Mental hospitals Bombay report 1921-28 - 1921-1928
Year: 1921
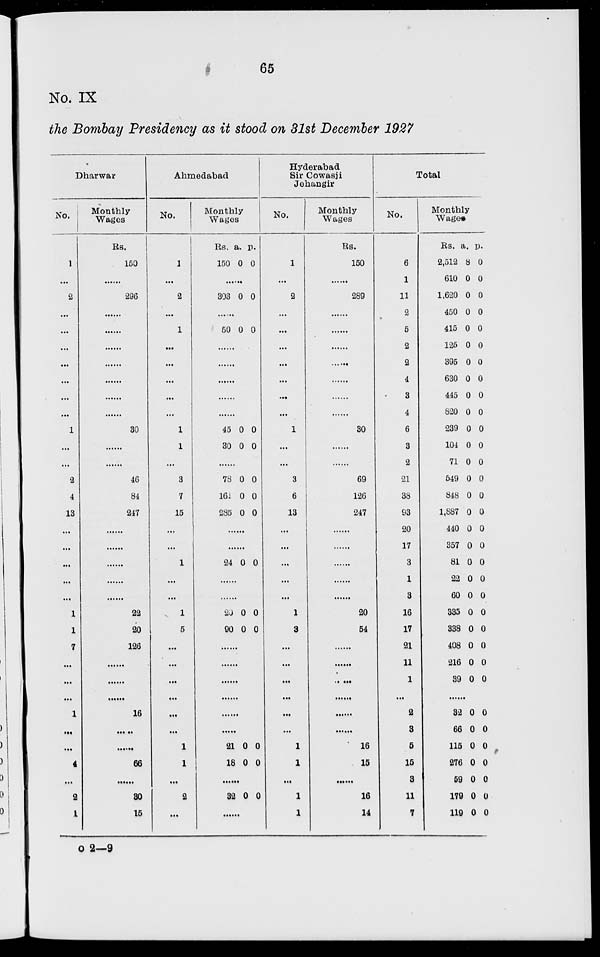
65
No. IX
the Bombay Presidency as it stood on 31st December 1927
Dharwar
No.
1
...
2
...
...
...
...
...
...
...
1
...
...
9
4
13
...
...
...
...
...
1
1
7
...
...
...
1
...
...
4
...
2
1
Monthly
Wages
Rs.
150
......
296
......
......
......
......
......
......
......
30
......
......
46
84
247
......
......
......
......
......
22
20
126
......
......
......
16
......
......
66
.....
30
15
Ahmedabad
No.
1
...
2
...
1
...
...
...
...
...
1
1
...
3
7
15
...
...
1
...
...
1
5
...
...
...
...
...
...
1
1
...
2
...
Monthly
Wages
Rs.
150
a.
0
p.
0
......
303 0 0
......
50 0 0
......
......
......
......
......
45
30
0
0
0
0
......
78
161
285
0
0
0
0
0
0
......
......
24 0 0
......
......
20
90
0
0
0
0
......
......
......
......
......
......
21
18
0
0
0
0
......
32 0 0
......
Hyderabad
Sir Cowasji
Jehangir
No.
1
...
2
...
...
...
...
...
...
...
1
...
...
3
6
13
...
...
...
...
...
1
3
...
...
...
...
...
...
1
1
...
1
1
Monthly
Wages
Rs.
150
......
289
......
......
......
......
......
......
......
30
......
......
69
126
247
......
......
......
......
......
20
54
......
......
......
......
......
......
16
15
......
16
14
Total
No.
6
1
11
2
5
2
2
4
3
4
6
3
2
21
38
93
20
17
3
1
3
16
17
21
11
1
...
2
3
5
15
3
11
7
Monthly
Wages
Rs.
2,512
610
1,620
450
415
125
395
630
445
820
239
104
71
549
848
1,887
440
357
81
22
60
335
338
408
216
39
a.
8
0
0
0
0
0
0
0
0
0
0
0
0
0
0
0
0
0
0
0
0
0
0
0
0
0
p.
0
0
0
0
0
0
0
0
0
0
0
0
0
0
0
0
0
0
0
0
0
0
0
0
0
0
......
32
66
l15
276
59
179
119
0
0
0
0
0
0
0
0
0
0
0
0
0
0
o 2—9